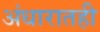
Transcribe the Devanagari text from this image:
अंधारातही